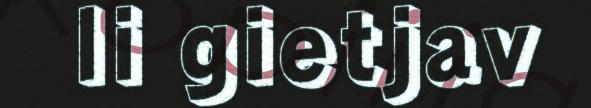
li gietjav